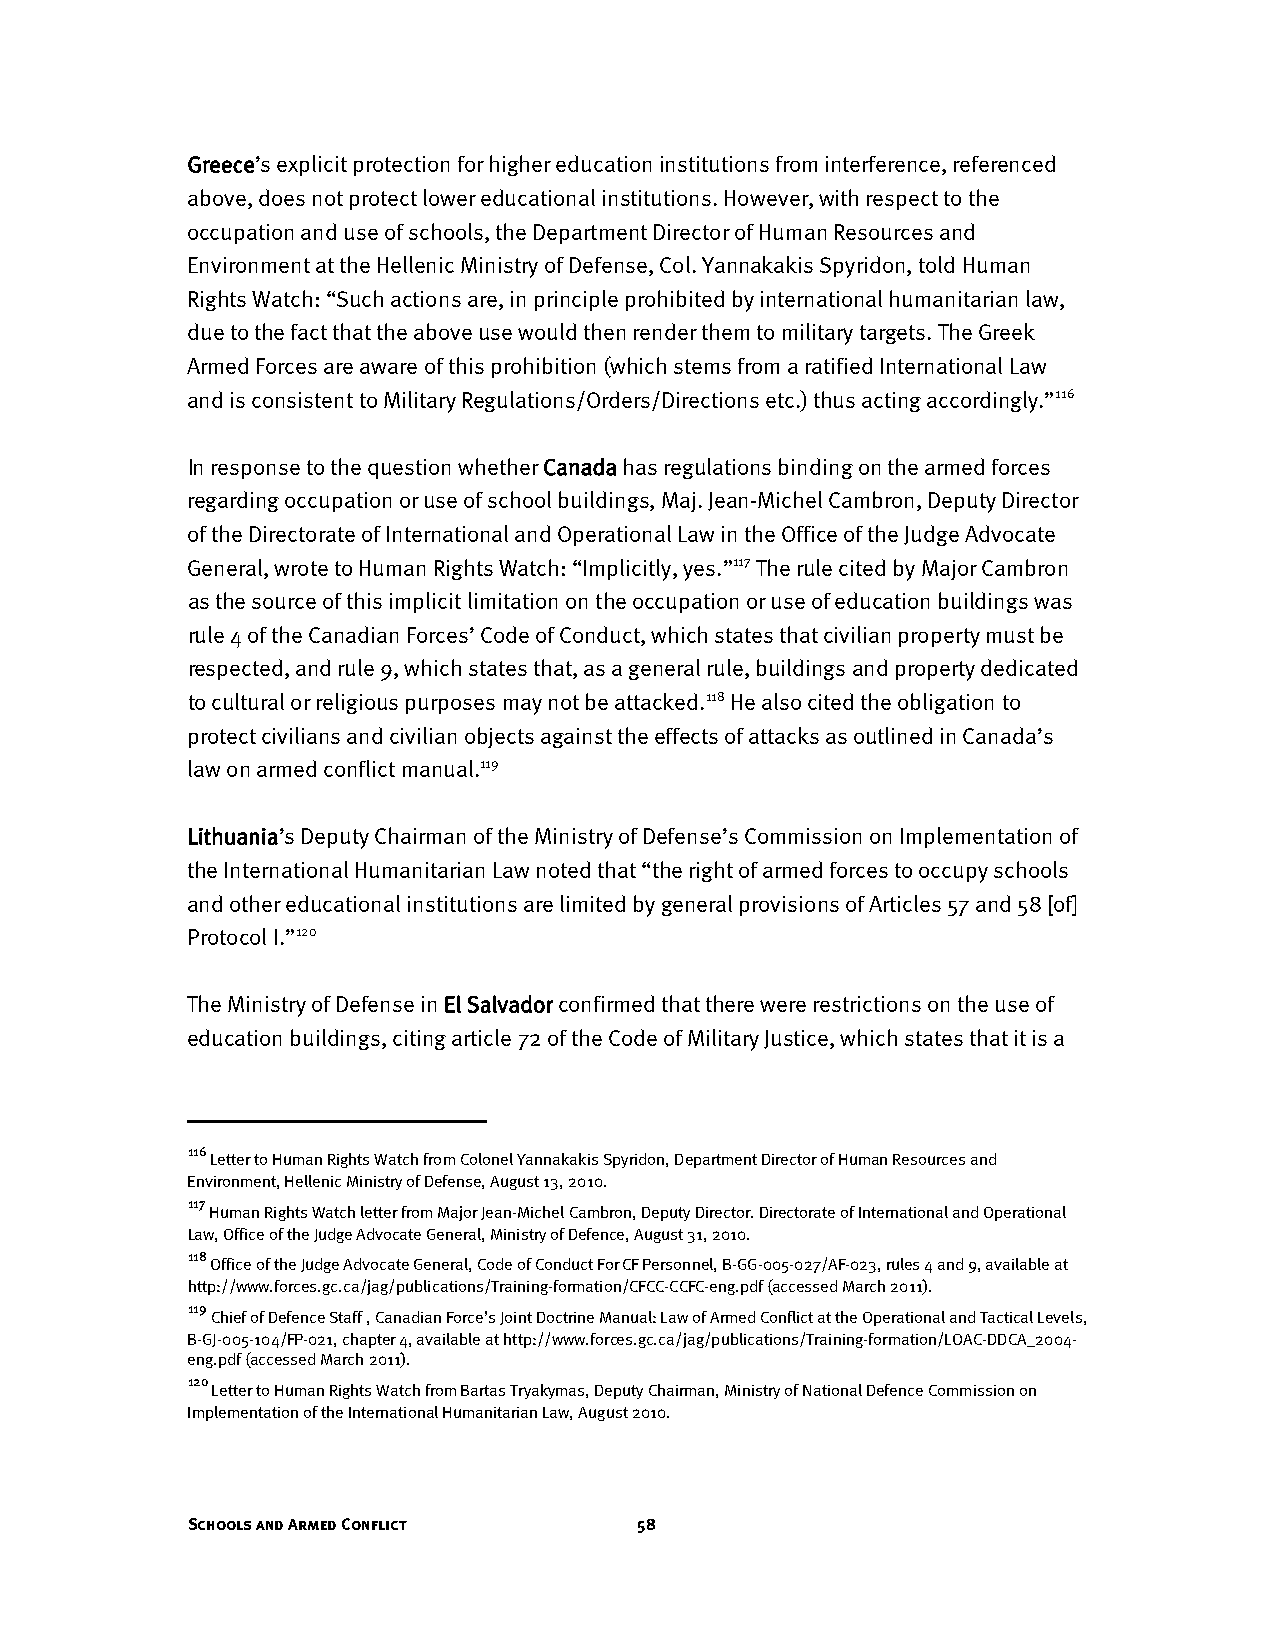
Greece’s explicit protection for higher education institutions from interference, referenced
 above, does not protect lower educational institutions. However, with respect to the
 occupation and use of schools, the Department Director of Human Resources and
 Environment at the Hellenic Ministry of Defense, Col. Yannakakis Spyridon, told Human
 Rights Watch: “Such actions are, in principle prohibited by international humanitarian law,
 due to the fact that the above use would then render them to military targets. The Greek
 Armed Forces are aware of this prohibition (which stems from a ratified International Law
 and is consistent to Military Regulations/Orders/Directions etc.) thus acting accordingly.”116
 In response to the question whether Canada has regulations binding on the armed forces
 regarding occupation or use of school buildings, Maj. Jean-Michel Cambron, Deputy Director
 of the Directorate of International and Operational Law in the Office of the Judge Advocate
 General, wrote to Human Rights Watch: “Implicitly, yes.”117 The rule cited by Major Cambron
 as the source of this implicit limitation on the occupation or use of education buildings was
 rule 4 of the Canadian Forces’ Code of Conduct, which states that civilian property must be
 respected, and rule 9, which states that, as a general rule, buildings and property dedicated
 to cultural or religious purposes may not be attacked.118 He also cited the obligation to
 protect civilians and civilian objects against the effects of attacks as outlined in Canada’s
 law on armed conflict manual.119
 Lithuania’s Deputy Chairman of the Ministry of Defense’s Commission on Implementation of
 the International Humanitarian Law noted that “the right of armed forces to occupy schools
 and other educational institutions are limited by general provisions of Articles 57 and 58 [of]
 Protocol I.”120
 The Ministry of Defense in El Salvador confirmed that there were restrictions on the use of
 education buildings, citing article 72 of the Code of Military Justice, which states that it is a
 116
 Letter to Human Rights Watch from Colonel Yannakakis Spyridon, Department Director of Human Resources and
 Environment, Hellenic Ministry of Defense, August 13, 2010.
 117
 Human Rights Watch letter from Major Jean-Michel Cambron, Deputy Director. Directorate of International and Operational
 Law, Office of the Judge Advocate General, Ministry of Defence, August 31, 2010.
 118
 Office of the Judge Advocate General, Code of Conduct For CF Personnel, B-GG-005-027/AF-023, rules 4 and 9, available at
 http://www.forces.gc.ca/jag/publications/Training-formation/CFCC-CCFC-eng.pdf (accessed March 2011).
 119
 Chief of Defence Staff , Canadian Force’s Joint Doctrine Manual: Law of Armed Conflict at the Operational and Tactical Levels,
 B-GJ-005-104/FP-021, chapter 4, available at http://www.forces.gc.ca/jag/publications/Training-formation/LOAC-DDCA_2004-
 eng.pdf (accessed March 2011).
 120
 Letter to Human Rights Watch from Bartas Tryakymas, Deputy Chairman, Ministry of National Defence Commission on
 Implementation of the International Humanitarian Law, August 2010.
 Schools and Armed Conflict    58